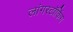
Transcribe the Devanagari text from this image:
लांगस्टॉकिंग